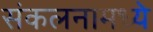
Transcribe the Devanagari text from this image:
संकलनामध्ये